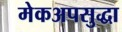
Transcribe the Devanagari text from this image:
मेकअपसुद्धा